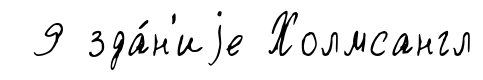
9 зда́н'иjе Холмсангл